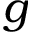
g